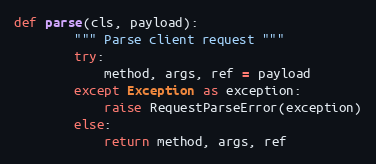
Language: Python
def parse(cls, payload):
        """ Parse client request """
        try:
            method, args, ref = payload
        except Exception as exception:
            raise RequestParseError(exception)
        else:
            return method, args, ref